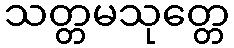
သတ္တမသုတ္တေ